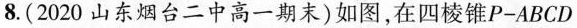
8. ( 2020山东烟台二中高一期末 ) 如图，在四棱锥P-ABCD